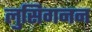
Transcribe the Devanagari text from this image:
लुसिगनन